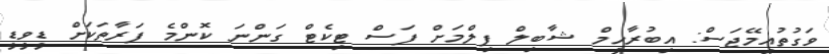
ވަގުތުއިމޭޖަސް: އިބުރާހީމް ޝާބިލް ފިލްމަށް ފަސް ޓިކެޓް ގަންނަ ކޮންމެ ފަރާތަކަށް ޑީވީޑީ